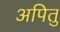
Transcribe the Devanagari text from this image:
अपितु